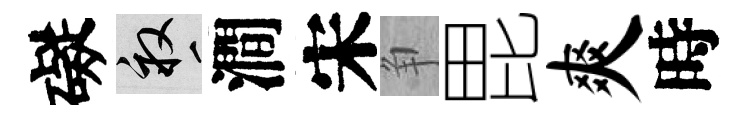
礙畝澗宋争毘爽時